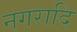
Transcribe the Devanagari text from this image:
नगरादि